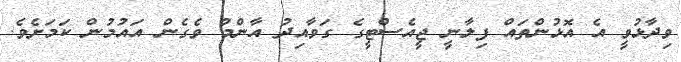
ވިދާޅުވީ އެ އޮޅުންތައް ފިލާނީ ޖީއެސްޓީގެ ގަވާއިދު އާންމު ވެގެން އައުމުން ކަމަށެވެ.